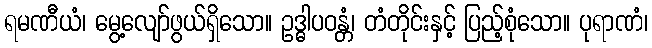
ရမဏီယံ၊ မွေ့လျော်ဖွယ်ရှိသော။ ဥဒ္ဓါပဝန္တံ၊ တံတိုင်းနှင့် ပြည့်စုံသော။ ပုရာဏံ၊